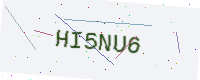
Text: HI5NU6